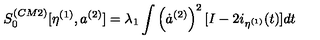
S _ { 0 } ^ { ( C M 2 ) } [ \eta ^ { ( 1 ) } , a ^ { ( 2 ) } ] = \lambda _ { 1 } \int \left( \dot { a } ^ { ( 2 ) } \right) ^ { 2 } [ I - 2 i _ { \eta ^ { ( 1 ) } } ( t ) ] d t